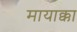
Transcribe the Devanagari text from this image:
मायाक्का